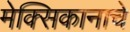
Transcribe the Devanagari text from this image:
मेक्सिकानाचे